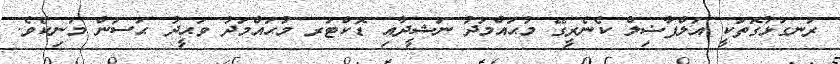
ރަނގަޅުގޮތަކީ އަލްފާޟިލް ކެނެރީގޭ މުޙައްމަދު ނަޝީދާއި ޑޮކްޓަރ މުޙައްމަދު ވަޙީދު ޙަސަން މަނިކެވެ.